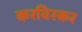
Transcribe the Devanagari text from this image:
करविरकर